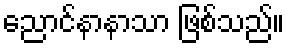
ညောင်နာနာသာ ဖြစ်သည်။